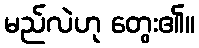
မည်လဲဟု တွေး၏။